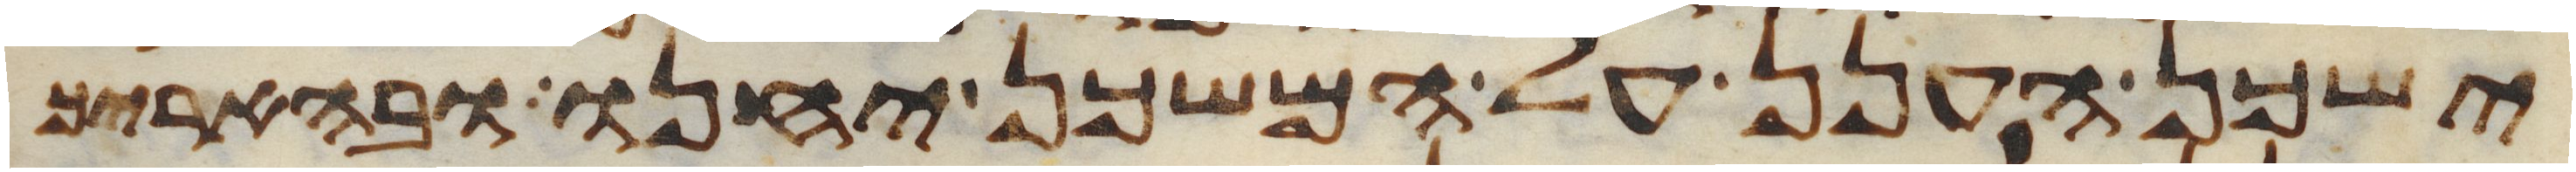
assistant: ישכן הענן על המשכן יחנו ובהאריך